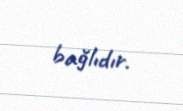
bağlıdır.